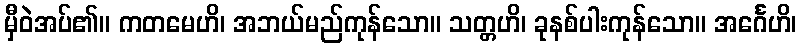
မှီဝဲအပ်၏။ ကတမေဟိ၊ အဘယ်မည်ကုန်သော။ သတ္တဟိ၊ ခုနစ်ပါးကုန်သော။ အင်္ဂေဟိ၊